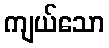
ကျယ်သော